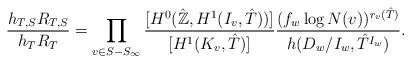
LaTeX: \begin{align*}\frac{h_{T,S}R_{T,S}}{h_TR_T} = \prod_{v\in S-S_{\infty}} \frac{[H^0(\hat{\mathbb{Z}},H^1(I_v,\hat{T}))]}{[H^1(K_v,\hat{T})]} \frac{(f_w\log N(v))^{r_v(\hat{T})}}{h(D_w/I_w,\hat{T}^{I_w})}.\end{align*}